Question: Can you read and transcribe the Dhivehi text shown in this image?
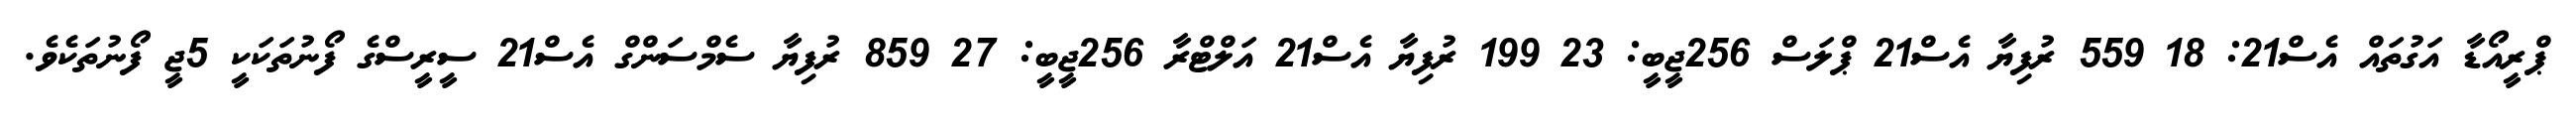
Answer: ޕްރީއޯޑާ އަގުތައް އެސް21: 18 559 ރުފިޔާ އެސް21 ޕްލަސް 256ޖީބީ: 23 199 ރުފިޔާ އެސް21 އަލްޓްރާ 256ޖީބީ: 27 859 ރުފިޔާ ސެމްސަންގް އެސް21 ސީރީސްގެ ފޯނުތަކަކީ 5ޖީ ފޯނުތަކެވެ.